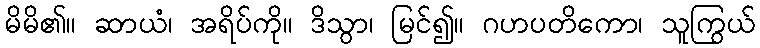
မိမိ၏။ ဆာယံ၊ အရိပ်ကို။ ဒိသွာ၊ မြင်၍။ ဂဟပတိကော၊ သူကြွယ်